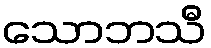
သောဘသီ